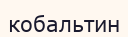
кобальтин